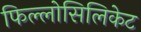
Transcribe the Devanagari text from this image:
फिल्लोसिलिकेट